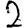
Digit: 2